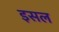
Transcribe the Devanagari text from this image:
इसल